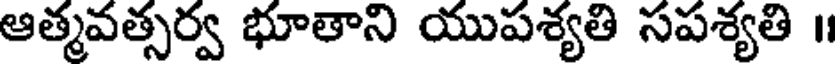
ఆత్మవత్సర్వ భూతాని యుపశ్యతి సపశ్యతి ॥